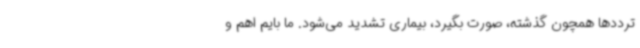
ترددها همچون گذشته، صورت بگیرد، بیماری تشدید می‌شود. ما بایم اهم و